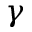
\gamma